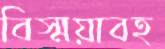
বিস্ময়াবহ